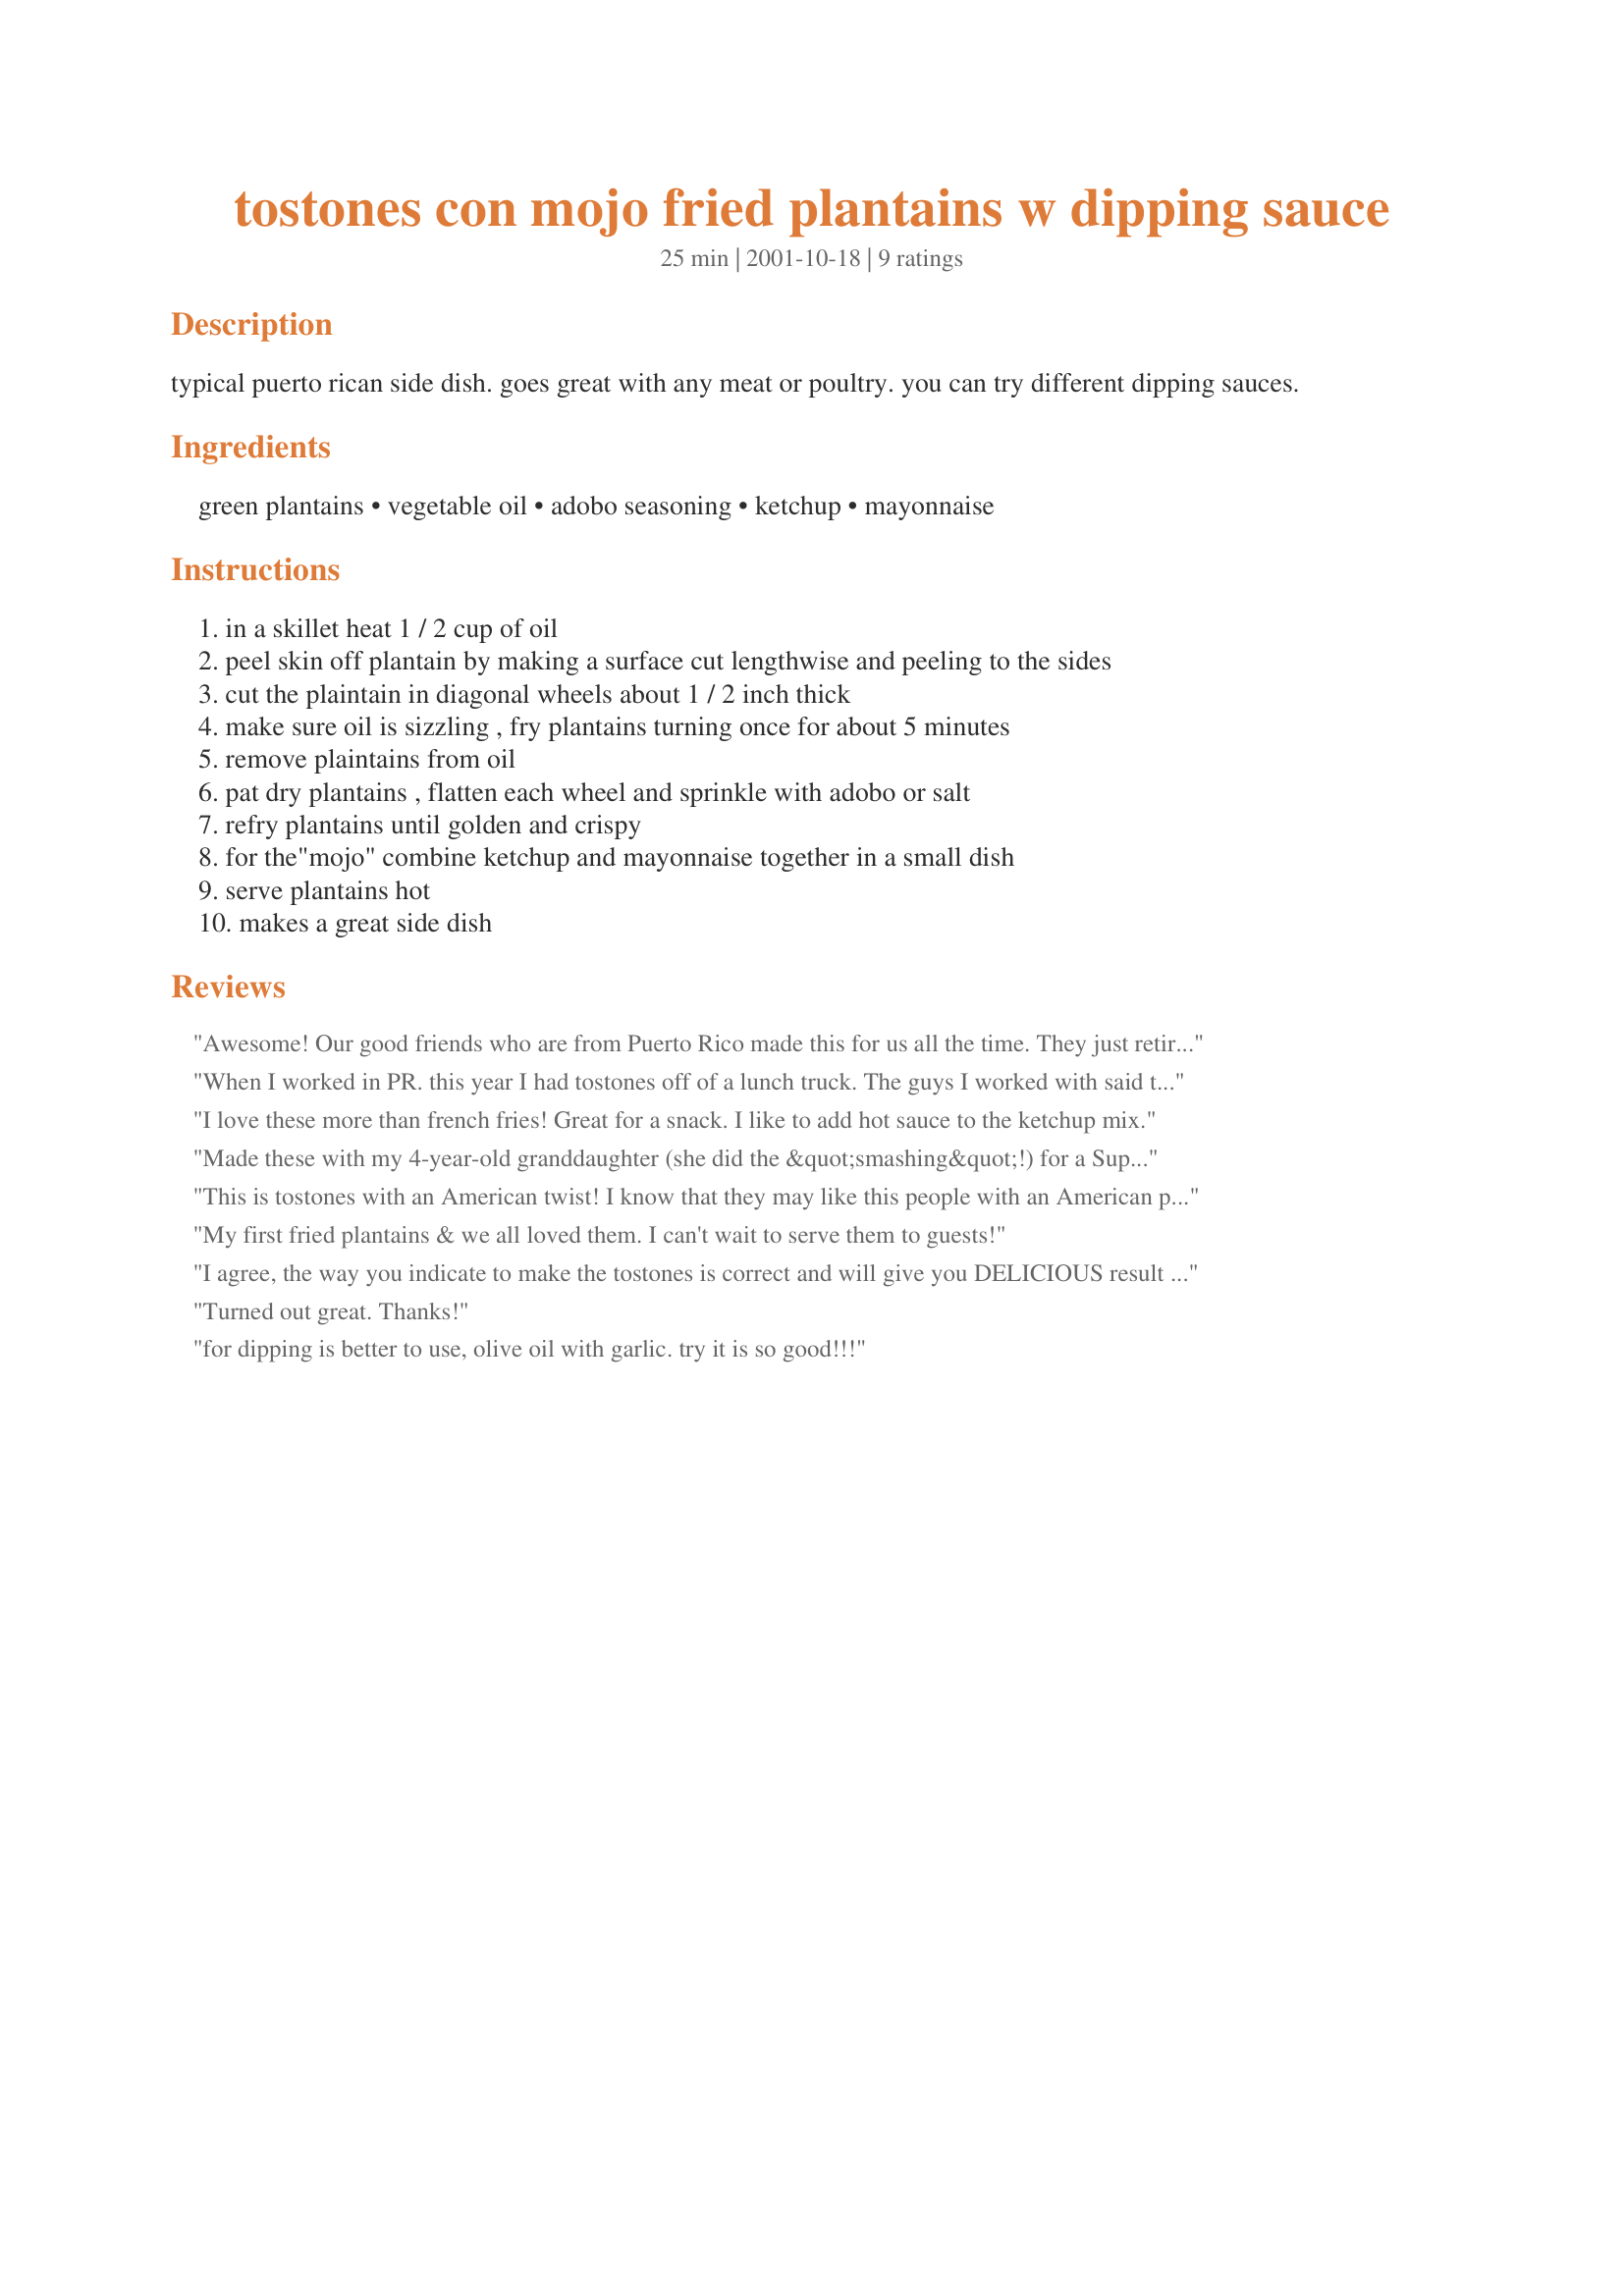
tostones con mojo fried plantains w dipping sauce
Preparation time: 25 minutes

typical puerto rican side dish. goes great with any meat or poultry. you can try different dipping sauces.

Ingredients:
green plantains, vegetable oil, adobo seasoning, ketchup, mayonnaise

Steps:
in a skillet heat 1 / 2 cup of oil
peel skin off plantain by making a surface cut lengthwise and peeling to the sides
cut the plaintain in diagonal wheels about 1 / 2 inch thick
make sure oil is sizzling , fry plantains turning once for about 5 minutes
remove plaintains from oil
pat dry plantains , flatten each wheel and sprinkle with adobo or salt
refry plantains until golden and crispy
for the"mojo" combine ketchup and mayonnaise together in a small dish
serve plantains hot
makes a great side dish

Reviews:
Awesome! Our good friends who are from Puerto Rico made this for us all the time. They just retired and moved away. I was happy to find this recipe. It brings back good memories. It's exactly how they made them, down to the sauce and all. Thanks!
When I worked in PR. this year I had tostones off of a lunch truck. The guys I worked with said that the ketchup and Mayo way is the only way to eat them. I add some hot sauce into it because I like some spice. I do like to add salt during the cooking.
I love these more than french fries! Great for a snack. I like to add hot sauce to the ketchup mix.
Made these with my 4-year-old granddaughter (she did the &quot;smashing&quot;!) for a Superbowl Sunday appetizer. They were fabulous! DH said the best ever! Thanks.
This is tostones with an American twist! I know that they may like this people with an American palette but please do not ruin such a yummy food with ketchup and mayonnaise! The sauce is not mojo - that contains garlic, juice of "sour" oranges, etc. What your sauce is perhaps a dip or maybe a "salsa". I am sorry, not trying to be rude just stating the facts - that is why I didn't rate the recipe.
My first fried plantains & we all loved them. I can't wait to serve them to guests!
I agree, the way you indicate to make the tostones is correct and will give you DELICIOUS result - especially the seasoning or salting them before the second fry session - great call! I must say like others did that the ketchup/mayonnaise mixture is not mojo, I have known that as "pink sauce" and traditionally used it with shrimp cocktail or french fries. Traditional mojo is more like a juice-like consistency and has ingredients like garlic, bitter orange, oregano, salt, oil, etc. (Did not rate for this reason).
Turned out great. Thanks!
for dipping is better to use,
olive oil with garlic.
try it is so good!!!
